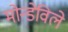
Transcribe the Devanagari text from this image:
मोन्डेविले